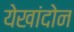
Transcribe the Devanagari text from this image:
येखांदोन